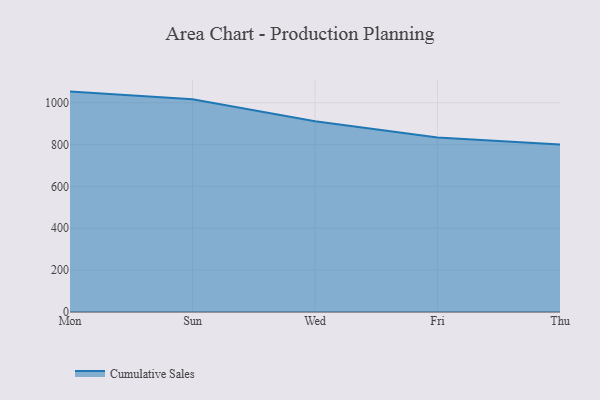
{"axis": {"x": "Day", "y": "Shipments"}, "legend": ["Cumulative Sales"], "data": [{"x": "Mon", "y": 1053.2, "type": "Cumulative Sales"}, {"x": "Sun", "y": 1016.4, "type": "Cumulative Sales"}, {"x": "Wed", "y": 911.3, "type": "Cumulative Sales"}, {"x": "Fri", "y": 833.9, "type": "Cumulative Sales"}, {"x": "Thu", "y": 800, "type": "Cumulative Sales"}]}